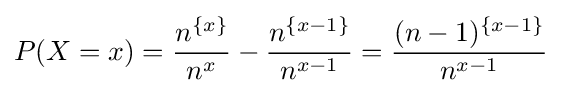
P(X=x)={\frac {n^{\{x\}}}{n^{x}}}-{\frac {n^{\{x-1\}}}{n^{x-1}}}={\frac {(n-1)^{\{x-1\}}}{n^{x-1}}}